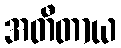
အတီတာယ